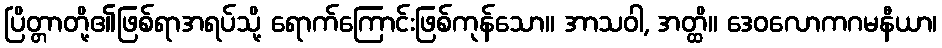
ပြိတ္တာတို့၏ဖြစ်ရာအရပ်သို့ ရောက်ကြောင်းဖြစ်ကုန်သော။ အာသဝါ, အတ္ထိ။ ဒေဝလောကဂမနီယာ၊